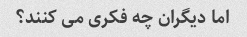
اما دیگران چه فکری می کنند؟